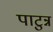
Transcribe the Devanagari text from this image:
पाटुन्न